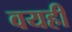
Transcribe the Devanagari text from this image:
वयही